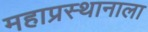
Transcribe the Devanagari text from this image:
महाप्रस्थानाला